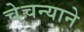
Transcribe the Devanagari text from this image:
चेचन्याने